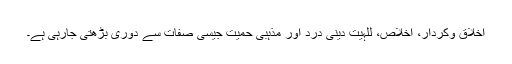
اخلاق وکردار، اخلاص، للہیت دینی درد اور مذہبی حمیت جیسی صفات سے دوری بڑھتی جارہی ہے۔